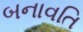
બનાવતિ